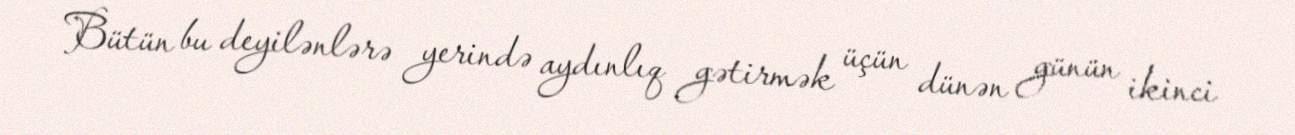
Bütün bu deyilənlərə yerində aydınlıq gətirmək üçün dünən günün ikinci